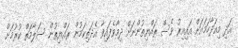
އަދި މިއަދާހަމައަށް އައިއިރު ވެސް ރައްޔިތުންނަށް ދިމާވެފައިވާ އެދަތިކަމުން ރައްޔިތުން ސަލާމަތް ކުރުމަށް